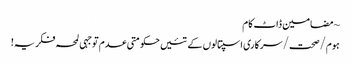
~ مضامین ڈاٹ کام
ہوم/صحت/سرکاری اسپتالوں کے تئیں حکومتی عدم توجہی لمحہ فکریہ!